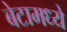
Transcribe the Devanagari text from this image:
बेटामध्ये